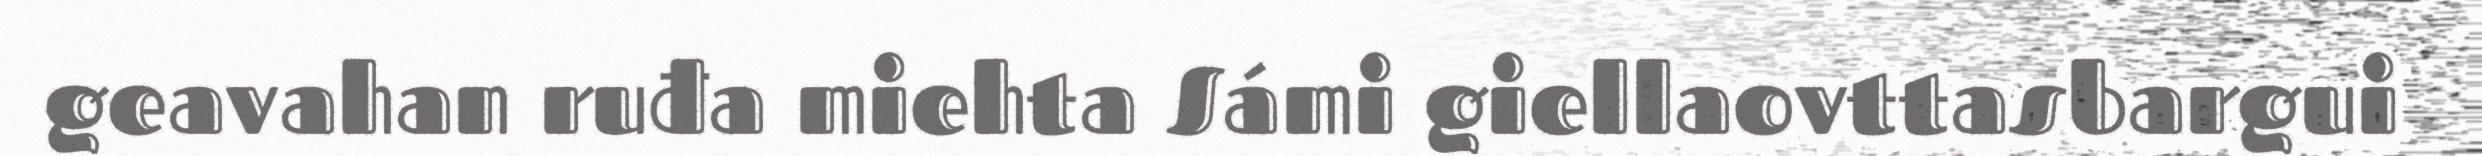
geavahan ruđa miehta Sámi giellaovttasbargui